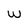
Character: w